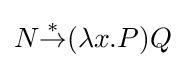
N{\stackrel {*}{\to }}(\lambda x.P)Q